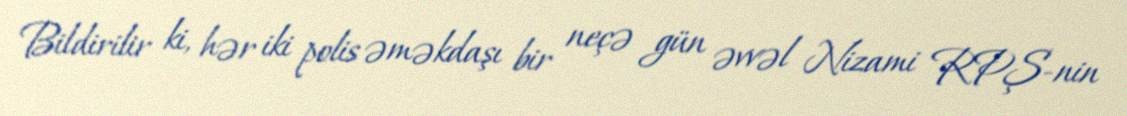
Bildirilir ki, hər iki polis əməkdaşı bir neçə gün əvvəl Nizami RPŞ-nin